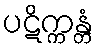
ပဋိက္ကန္တံ